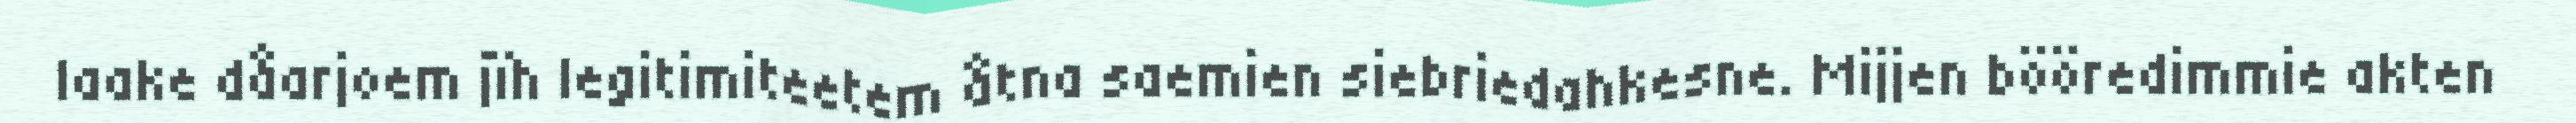
laake dåarjoem jïh legitimiteetem åtna saemien siebriedahkesne. Mijjen bööredimmie akten